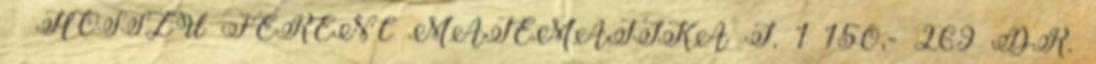
– HOSSZÚ FERENC MATEMATIKA I. 1 150,- 269 DR.